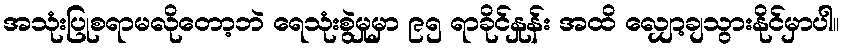
အသုံးပြုစရာမလိုတော့ဘဲ ရေသုံးစွဲမှုမှာ ၉၅ ရာခိုင်နှုန်း အထိ လျှော့ချသွားနိုင်မှာပါ။